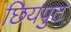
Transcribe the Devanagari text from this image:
छियपुट